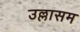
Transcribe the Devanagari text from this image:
उल्लासम